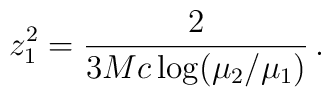
z_1^2 = \frac{2}{3 M c \log (\mu_2/\mu_1)} \,.